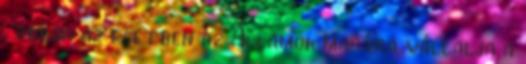
, abban az esetben az Államok magára vállalja a